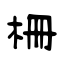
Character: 柵